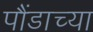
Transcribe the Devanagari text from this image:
पौंडाच्या